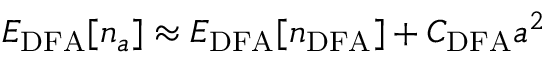
E _ { \mathrm { D F A } } [ n _ { a } ] \approx E _ { \mathrm { D F A } } [ n _ { \mathrm { D F A } } ] + C _ { \mathrm { D F A } } a ^ { 2 }